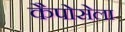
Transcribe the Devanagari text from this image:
कैपोसेला